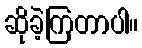
ဆိုခဲ့ကြတာပါ။